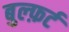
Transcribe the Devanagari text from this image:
बुल्फ़र्ट